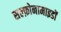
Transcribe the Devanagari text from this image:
सल्फ़ोनामाइडों